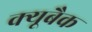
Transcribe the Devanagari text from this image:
क्यूबैक